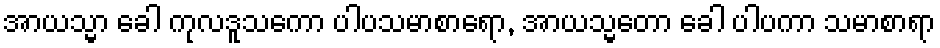
အာယသ္မာ ခေါ ကုလဒူသကော ပါပသမာစာရော, အာယသ္မတော ခေါ ပါပကာ သမာစာရာ